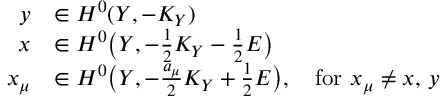
\begin{array} { r l } { y } & { \in H ^ { 0 } ( Y , - K _ { Y } ) } \\ { x } & { \in H ^ { 0 } \big ( Y , - \frac { 1 } { 2 } K _ { Y } - \frac { 1 } { 2 } E \big ) } \\ { x _ { \mu } } & { \in H ^ { 0 } \big ( Y , - \frac { a _ { \mu } } { 2 } K _ { Y } + \frac { 1 } { 2 } E \big ) , \quad \mathrm { f o r } \, \, x _ { \mu } \not = x , \, y } \end{array}